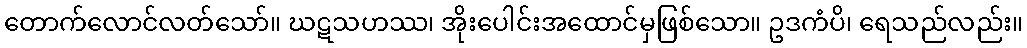
တောက်လောင်လတ်သော်။ ဃဋသဟဿ၊ အိုးပေါင်းအထောင်မှဖြစ်သော။ ဥဒကံပိ၊ ရေသည်လည်း။